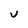
Character: u